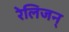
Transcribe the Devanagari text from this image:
रेलिजन्